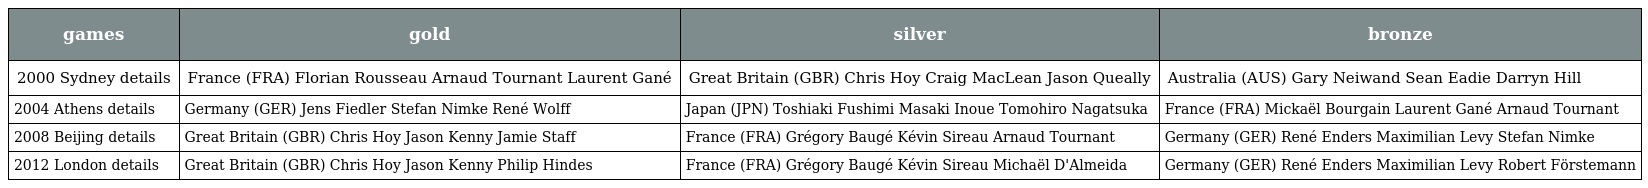
| games | gold | silver | bronze |
 | --- | --- | --- | --- |
 | 2000 Sydney details | France (FRA) Florian Rousseau Arnaud Tournant Laurent Gané | Great Britain (GBR) Chris Hoy Craig MacLean Jason Queally | Australia (AUS) Gary Neiwand Sean Eadie Darryn Hill |
 | 2004 Athens details | Germany (GER) Jens Fiedler Stefan Nimke René Wolff | Japan (JPN) Toshiaki Fushimi Masaki Inoue Tomohiro Nagatsuka | France (FRA) Mickaël Bourgain Laurent Gané Arnaud Tournant |
 | 2008 Beijing details | Great Britain (GBR) Chris Hoy Jason Kenny Jamie Staff | France (FRA) Grégory Baugé Kévin Sireau Arnaud Tournant | Germany (GER) René Enders Maximilian Levy Stefan Nimke |
 | 2012 London details | Great Britain (GBR) Chris Hoy Jason Kenny Philip Hindes | France (FRA) Grégory Baugé Kévin Sireau Michaël D'Almeida | Germany (GER) René Enders Maximilian Levy Robert Förstemann |